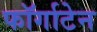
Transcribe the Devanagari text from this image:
फॉर्गाटेन